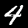
Label: 4